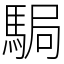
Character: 駶